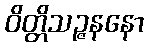
ဝိတ္တိသဉ္ဇနနော